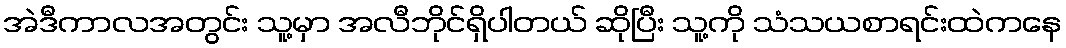
အဲဒီကာလအတွင်း သူ့မှာ အလီဘိုင်ရှိပါတယ် ဆိုပြီး သူ့ကို သံသယစာရင်းထဲကနေ